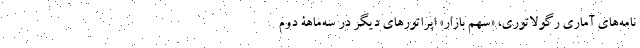
نامه‌های آماری رگولاتوری، «سهم بازار» اپراتورهای دیگر در سه‌ماهۀ دوم